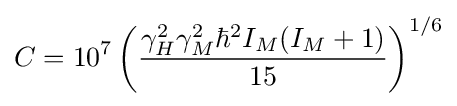
C=10^{7}\left({\frac {{\gamma }_{H}^{2}{\gamma }_{M}^{2}\hbar ^{2}I_{M}(I_{M}+1)}{15}}\right)^{1/6}